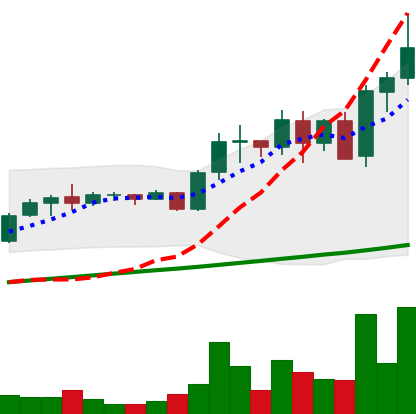
Ticker: ADA-USD
Chart end date: 2021-05-15
Forward return: -16.723%
Label: down_7plus